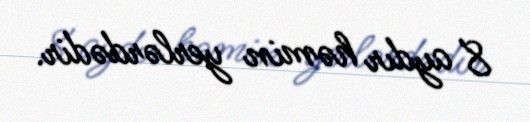
8 aydır həmin yerlərdədir.